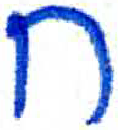
אות: ח